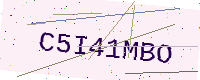
Text: C5I41MBO